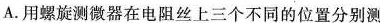
A.用螺旋测微器在电阻丝上三个不同的位置分别测